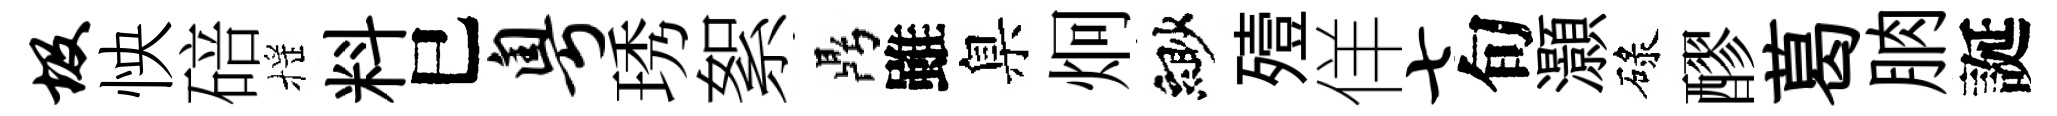
圾怏碚摇料巳粤琇絮鼎雖臬炯緲殪佯七旬灝碌醪葛朒誕